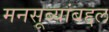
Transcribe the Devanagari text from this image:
मनसूब्यांबद्दल